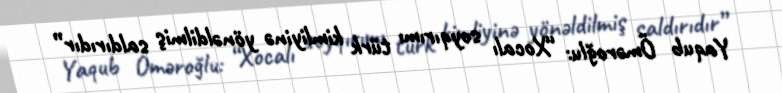
Yaqub Öməroğlu: “Xocalı soyqırımı türk kimliyinə yönəldilmiş saldırıdır”